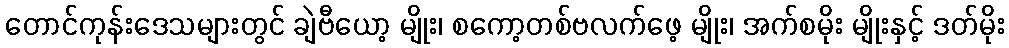
တောင်ကုန်းဒေသများတွင် ချဲဗီယော့ မျိုး၊ စကော့တစ်ဗလက်ဖေ့ မျိုး၊ အက်စမိုး မျိုးနှင့် ဒတ်မိုး